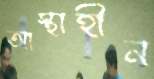
আস্থাহীন